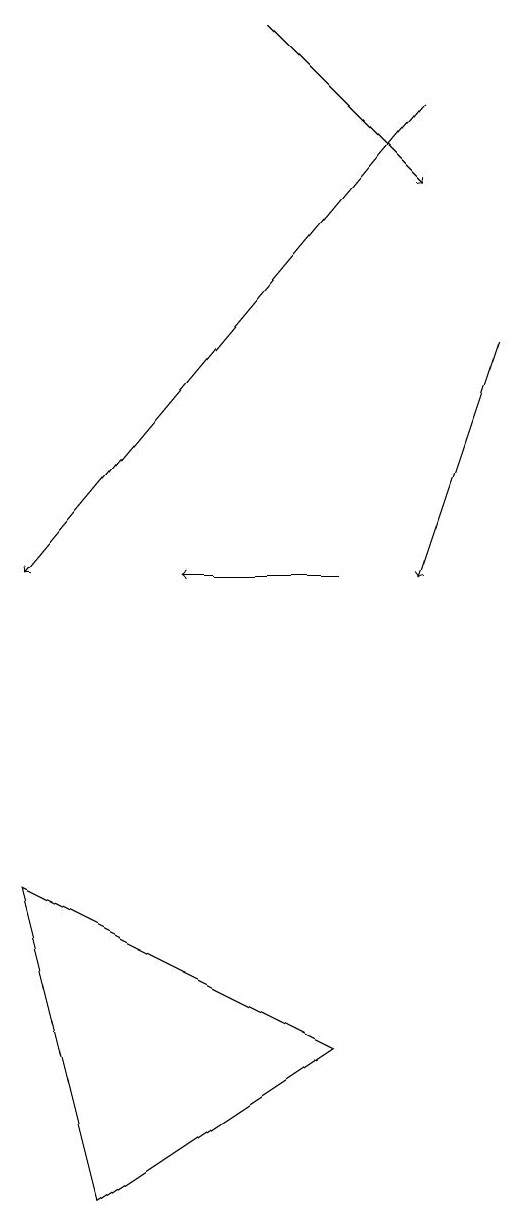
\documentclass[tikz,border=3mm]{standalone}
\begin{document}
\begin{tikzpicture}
\draw[->] (9,14) -- (8,11);
\draw[->] (8,17) -- (3,11);
\draw (4,3) -- (7,5) -- (3,7) -- cycle;
\draw[->] (7,11) -- (5,11);
\draw[->] (6,18) -- (8,16);
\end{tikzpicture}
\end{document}